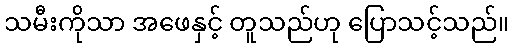
သမီးကိုသာ အဖေနှင့် တူသည်ဟု ပြောသင့်သည်။